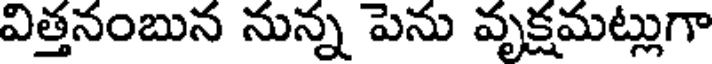
విత్తనంబున నున్న పెను వృక్షమట్లుగా